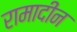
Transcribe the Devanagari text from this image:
रामादीन